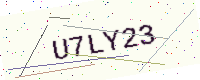
Text: U7LY23